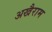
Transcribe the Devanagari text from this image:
अखैराम